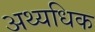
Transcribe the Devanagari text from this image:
अथ्यधिक